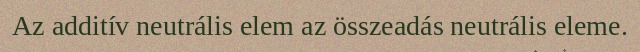
Az additív neutrális elem az összeadás neutrális eleme.